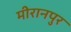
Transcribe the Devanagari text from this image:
मीरानपुर